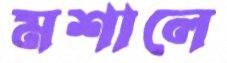
মশালে